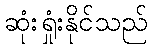
ဆုံးရှုံးနိုင်သည်